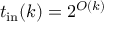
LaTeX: t _ { \mathrm { i n } } ( k ) = 2 ^ { O ( k ) }